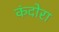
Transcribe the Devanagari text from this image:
कंदोरा